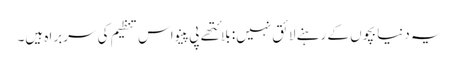
یہ دنیا بچوں کے رہنے لائق نہیں: بلائتھے پی پینو اس تنظیم کی سربراہ ہیں۔